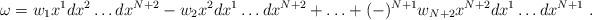
LaTeX: \begin{align*}\omega = w_1 x^1 dx^2\ldots dx^{N+2} - w_2 x^2 dx^1\ldots dx^{N+2} + \ldots+ (-)^{N+1} w_{N+2} x^{N+2} dx^1\ldots dx^{N+1}~.\end{align*}